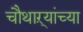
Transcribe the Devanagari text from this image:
चौथाऱ्यांच्या